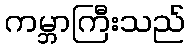
ကမ္ဘာကြီးသည်